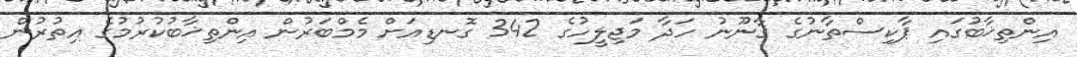
އިންތިޚާބުގައި ޕާކިސްތާނުގެ ޤާނޫނު ހަދާ މަޖިލީހުގެ 342 ގޮނޑިއަށް މެމްބަރުން އިންތިޚާބުކުރުމުގެ އިތުރުން